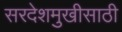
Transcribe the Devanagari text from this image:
सरदेशमुखीसाठी